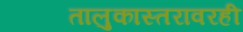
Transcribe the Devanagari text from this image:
तालुकास्तरावरही